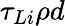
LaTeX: \tau_{Li}\rho d